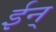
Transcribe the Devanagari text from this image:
ईन्